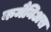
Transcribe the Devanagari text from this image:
कमैनिअस